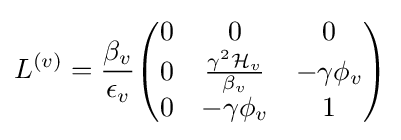
L^{(v)}={\frac {\beta _{v}}{\epsilon _{v}}}{\begin{pmatrix}0&0&0\\0&{\frac {\gamma ^{2}{\mathcal {H}}_{v}}{\beta _{v}}}&-\gamma \phi _{v}\\0&-\gamma \phi _{v}&1\end{pmatrix}}